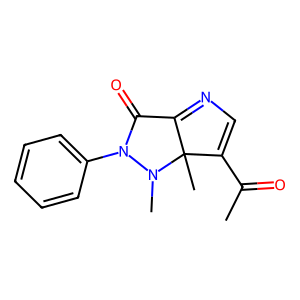
SMILES: CC(=O)C1=CN=C2C(=O)N(c3ccccc3)N(C)C12C
Inhibits HIV replication: No